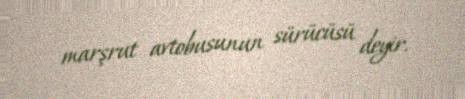
marşrut avtobusunun sürücüsü deyir.